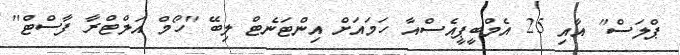
ޕްލަސް" އާއި 25 އެމްބީޕީއެސްއާ ހަމައަށް އިންޓަނެޓް ލިބޭ "ހޯމް އަލްޓްރާ ފާސްޓް"